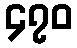
၄၇၀